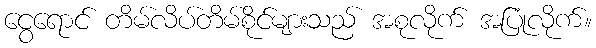
ငွေရောင် တိမ်လိပ်တိမ်စိုင်များသည် အစုလိုက် အပြုံလိုက်။